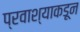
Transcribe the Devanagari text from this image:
प्रवाश्याकडून